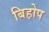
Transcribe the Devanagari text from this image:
बिहोप